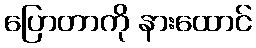
ပြောတာကို နားထောင်